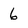
Character: 6